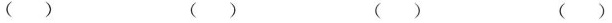
( ) ( ) ( ) ( )